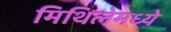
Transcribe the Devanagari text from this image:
मिथिलेमध्ये